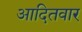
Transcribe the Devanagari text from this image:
आदितवार